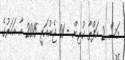
މަސް 2 ހަފްތާ ކުރިން - 01 ޖެނުއަރީ 2015 އާ އަހަރުގެ